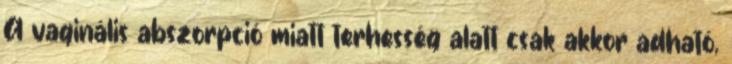
A vaginális abszorpció miatt terhesség alatt csak akkor adható,